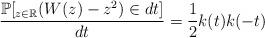
LaTeX: \begin{align*}\frac{\mathbb{P}[_{z \in \mathbb{R}}(W(z)-z^2) \in dt]}{dt}=\frac{1}{2} k(t)k(-t)\end{align*}